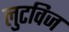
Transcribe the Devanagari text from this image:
लुटविज